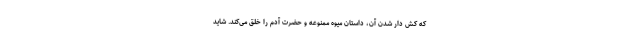
که کش دار شدن آن، داستان میوه ممنوعه و حضرت آدم را خلق می‌کند. شاید